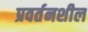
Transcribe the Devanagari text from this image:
प्रवर्तनशील